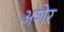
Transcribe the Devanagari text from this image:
अशेर